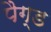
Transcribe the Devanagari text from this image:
पैग्ड